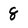
Character: 8